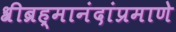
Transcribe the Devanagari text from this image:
श्रीब्रह्मानंदांप्रमाणे